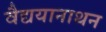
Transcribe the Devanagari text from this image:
वैद्ययानाथन